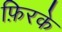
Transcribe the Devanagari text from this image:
फ़िरके